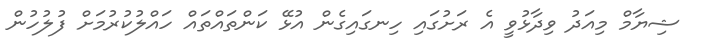
ޝިޔާމް މިއަދު ވިދާޅުވީ އެ ރަށުގައި ހިނގައިގެން އުޅޭ ކަންތައްތައް ހައްލުކުރުމަށް ފުލުހުން